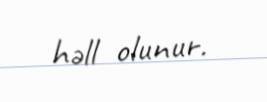
həll olunur.